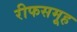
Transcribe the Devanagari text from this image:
रीफसमूह